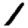
Digit: 1